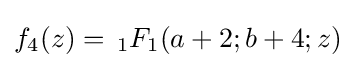
f_{4}(z)=\,_{1}F_{1}(a+2;b+4;z)